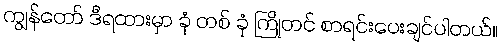
ကျွန်တော် ဒီရထားမှာ ခုံ တစ် ခုံ ကြိုတင် စာရင်းပေးချင်ပါတယ်။